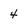
Character: 4